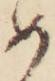
め